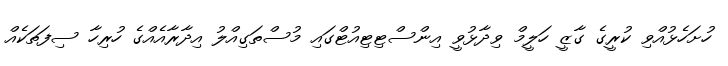
ހުށަހެޅުއްވި ކުރީގެ ގާޒީ ހަލީމް ވިދާޅުވީ އިންސްޓިޓިއުޓްގައި މުސްތަގިއްލު އިދާރާއެއްގެ ހުރިހާ ސިފަތަކެއް